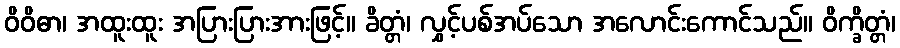
ဝိဝိဓာ၊ အထူးထူး အပြားပြားအားဖြင့်။ ခိတ္တံ၊ လွှင့်ပစ်အပ်သော အလောင်းကောင်သည်။ ဝိက္ခိတ္တံ၊